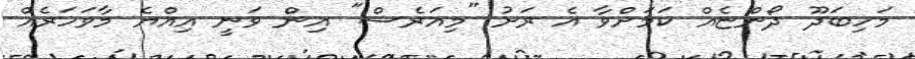
މަހިބަދޫ ދޯންޏެއް ކަމަށްވާ އެ ރަށު "މިއަރެސް" އިން ވަނީ އިއްޔެ މާވަހަރެއް